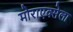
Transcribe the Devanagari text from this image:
मोराएक्सेला